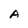
Character: A